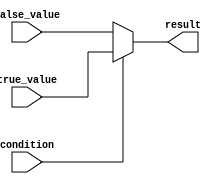
module conditional_assign (
    input condition,
    input [7:0] true_value,
    input [7:0] false_value,
    output reg [7:0] result
);

always @* begin
    if (condition) begin
        result = true_value;
    end else begin
        result = false_value;
    end
end

endmodule